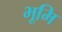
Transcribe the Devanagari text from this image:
भूमि